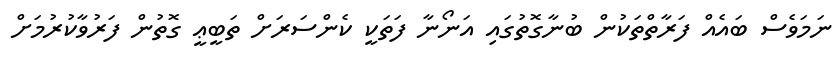
ނަމަވެސް ބައެއް ފަރާތްތަކުން ބުނާގޮތުގައި އަނޯނާ ފަތަކީ ކެންސަރަށް ތަބީޢީ ގޮތުން ފަރުވާކުރުމަށް